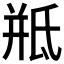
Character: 𭯱